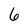
Character: 6